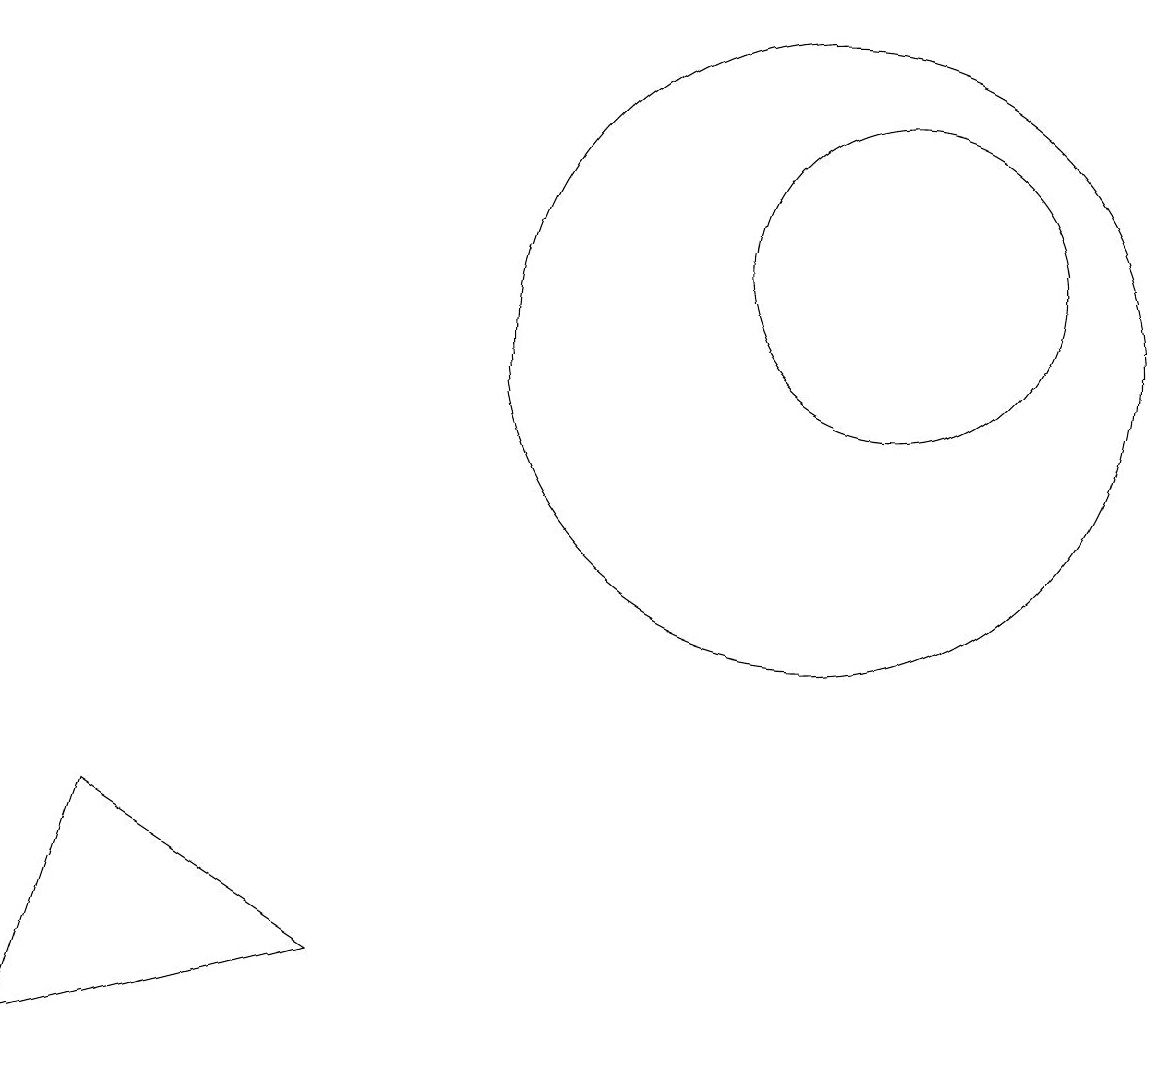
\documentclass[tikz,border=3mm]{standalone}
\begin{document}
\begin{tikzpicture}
\draw (0,1) -- (4,2) -- (1,4) -- cycle;
\draw (10,10) circle (4);
\draw (11,11) circle (2);
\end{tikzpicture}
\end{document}